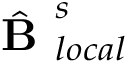
\hat { \textbf { B } } _ { l o c a l } ^ { s }